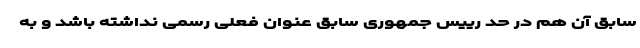
سابق آن هم در حد رییس جمهوری سابق عنوان فعلی رسمی نداشته باشد و به